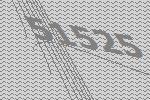
51525